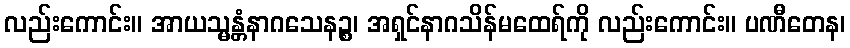
လည်းကောင်း။ အာယသ္မန္တံနာဂသေနဉ္စ၊ အရှင်နာဂသိန်မထေရ်ကို လည်းကောင်း။ ပဏီတေန၊